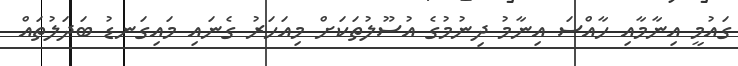
ގައުމީ އިނާމާއި ހާއްސަ އިނާމު ދިނުމުގެ އުސޫލުތަކަށް މިއަހަރު ގެނައި މައިގަނޑު ބަދަލުތައް